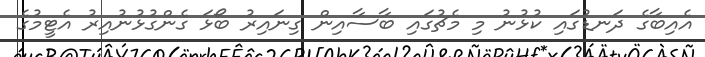
އެއިބާގެ ދަނޑުގައި ކުޅުނު މި މެޗުގައި ބާސާއިން ގިނައިރު ބޯޅަ ގެންގުޅުނުއިރު އެޓީމުގެ